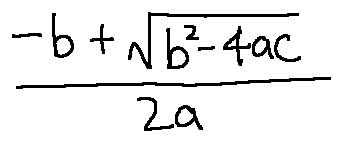
\frac { - b + \sqrt { b ^ { 2 } - 4 a c } } { 2 a }